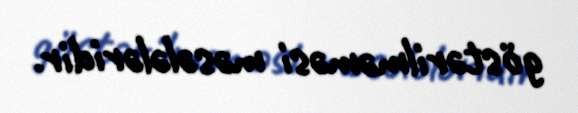
göstərilməməsi məsələləridir.